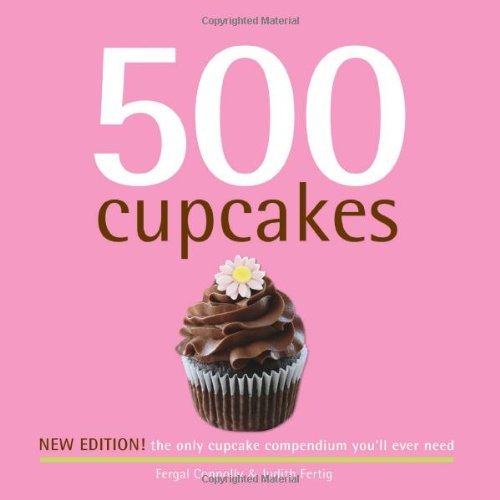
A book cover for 500 Cupcakes: The Only Cupcake Compendium You'll Ever Need (New Edition) (500 Series Cookbooks) (500 Cooking (Sellers)); Fergal Connolly; Cookbooks, Food & Wine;